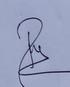
Signature authenticity: genuine